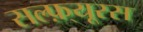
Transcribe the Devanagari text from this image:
सल्फ़्यूरस